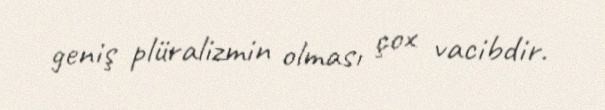
geniş plüralizmin olması çox vacibdir.